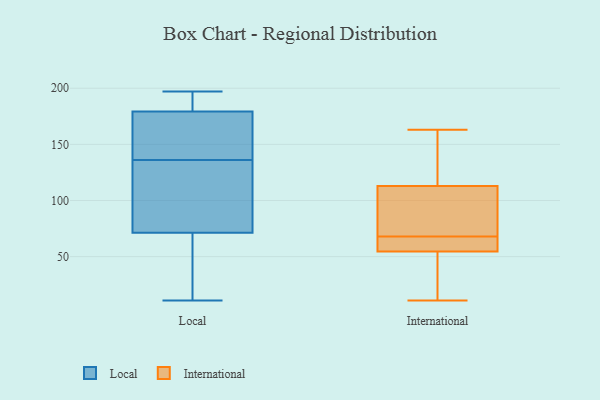
{"axis": {"x": "Production Output", "y": "Value"}, "legend": ["International", "Local"], "data": [{"x": "", "y": 42, "type": "Local"}, {"x": "", "y": 81, "type": "Local"}, {"x": "", "y": 187, "type": "Local"}, {"x": "", "y": 21, "type": "Local"}, {"x": "", "y": 179, "type": "Local"}, {"x": "", "y": 97, "type": "Local"}, {"x": "", "y": 164, "type": "Local"}, {"x": "", "y": 197, "type": "Local"}, {"x": "", "y": 180, "type": "Local"}, {"x": "", "y": 177, "type": "Local"}, {"x": "", "y": 135, "type": "Local"}, {"x": "", "y": 136, "type": "Local"}, {"x": "", "y": 11, "type": "Local"}, {"x": "", "y": 139, "type": "International"}, {"x": "", "y": 116, "type": "International"}, {"x": "", "y": 65, "type": "International"}, {"x": "", "y": 104, "type": "International"}, {"x": "", "y": 11, "type": "International"}, {"x": "", "y": 42, "type": "International"}, {"x": "", "y": 51, "type": "International"}, {"x": "", "y": 86, "type": "International"}, {"x": "", "y": 163, "type": "International"}, {"x": "", "y": 65, "type": "International"}, {"x": "", "y": 68, "type": "International"}]}